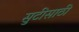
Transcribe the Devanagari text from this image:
सुटीसाठी